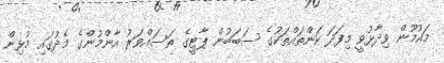
މައުމޫން ވިދާޅުވީ މިފަދަ ކަންތައްތަކުގެ ސަބަބުން ޕާޓީގެ ތަސައްވަރު އާންމުންގެ މެދުގައި މުޅިން